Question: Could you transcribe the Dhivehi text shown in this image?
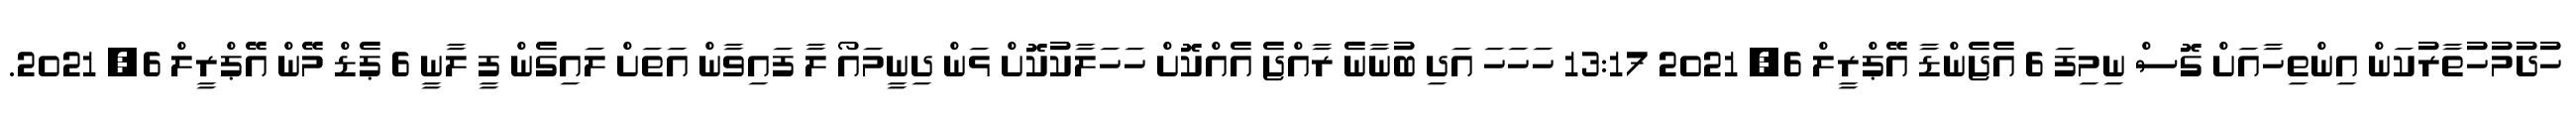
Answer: ހުދުމުހުތާރުކަން އިންތިހާއަށް ގޮސް ނިމިފަ 6 އެޖެންޑާ އޭޕްރީލް 6, 2021 13:17 ހަހަހަ އަދި ބުނާނެ ރާއްޖެ އެއްކޮށް ހަހަލާކުކޮށް ޅަން ދިނީމައޯ ލާ ފައިވާން އަތަށް ލައިގެން ފީ ލާނީ 6 ޕެޑް މޭން އޭޕްރީލް 6, 2021.